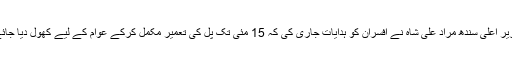
وزیر اعلیٰ سندھ مراد علی شاہ نے افسران کو ہدایات جاری کی کہ 15 مئی تک پُل کی تعمیر مکمل کرکے عوام کے لیے کھول دیا جائے۔